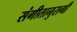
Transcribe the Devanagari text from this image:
संगीतानुरागी